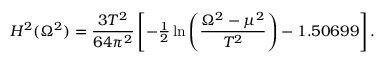
H ^ { 2 } ( \Omega ^ { 2 } ) = \frac { 3 T ^ { 2 } } { 6 4 \pi ^ { 2 } } \left[ - { \textstyle \frac { 1 } { 2 } } \ln \left( \frac { \Omega ^ { 2 } - \mu ^ { 2 } } { T ^ { 2 } } \right) - 1 . 5 0 6 9 9 \right] .